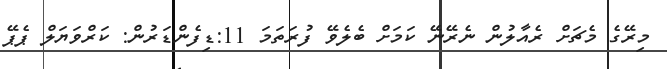
މިރޭގެ މެޗަށް ރެއާލުން ނެރޭނޭ ކަމަށް ބެލެވޭ ފުރަތަމަ 11:ޑިފެންޑަރުން: ކަރްވަޔަލް ޕެޕޭ